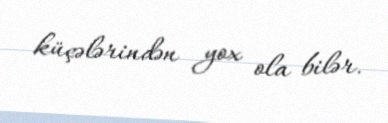
küçələrindən yox ola bilər.